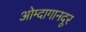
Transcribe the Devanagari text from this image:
ओम्दागानदूर